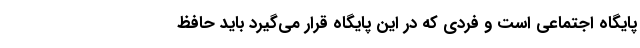
پایگاه اجتماعی است و فردی که در این پایگاه قرار می‌گیرد باید حافظ